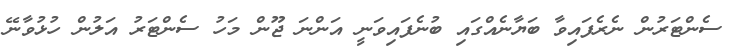
ސެންޓަރުން ނެރެފައިވާ ބަޔާނެއްގައި ބުނެފައިވަނީ އަންނަ ޖޫން މަހު ސެންޓަރު އަލުން ހުޅުވާނޭ